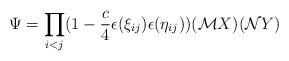
LaTeX: \begin{align*}\Psi= \prod_{i<j} (1-\frac{c}{4}\epsilon (\xi_{ij})\epsilon (\eta_{ij})) ({\cal M}X) ({\cal N}Y)\end{align*}